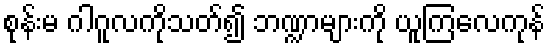
စုန်းမ ဂါဂူလကိုသတ်၍ ဘဏ္ဍာများကို ယူကြလေကုန်